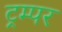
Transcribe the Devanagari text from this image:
ट्रम्पर